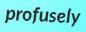
profusely